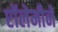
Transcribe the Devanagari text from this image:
प्टॉलेमीने